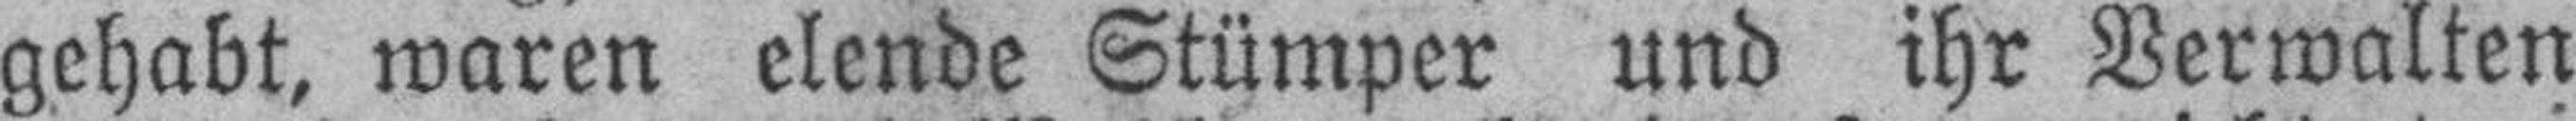
gehabt, waren elende Stümper und ihr Verwalten